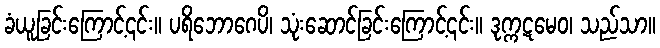
ခံယူခြင်းကြောင့်၎င်း။ ပရိဘောဂေပိ၊ သုံးဆောင်ခြင်းကြောင့်၎င်း။ ဒုက္ကဋမေဝ၊ သည်သာ။